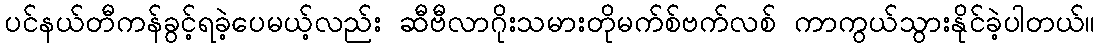
ပင်နယ်တီကန်ခွင့်ရခဲ့ပေမယ့်လည်း ဆီဗီလာဂိုးသမားတိုမက်စ်ဗက်လစ် ကာကွယ်သွားနိုင်ခဲ့ပါတယ်။